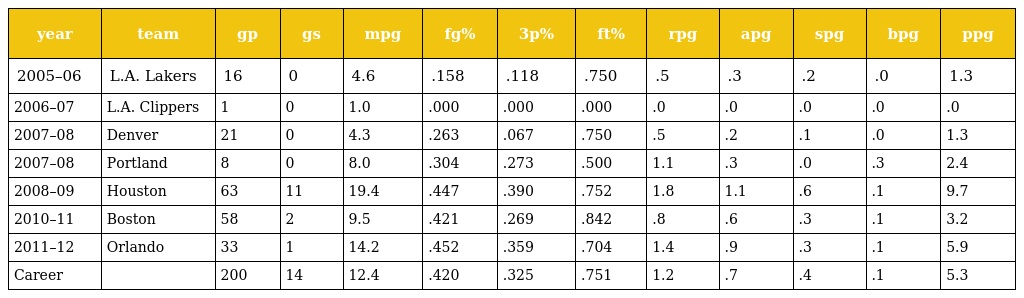
| year | team | gp | gs | mpg | fg% | 3p% | ft% | rpg | apg | spg | bpg | ppg |
 | --- | --- | --- | --- | --- | --- | --- | --- | --- | --- | --- | --- | --- |
 | 2005–06 | L.A. Lakers | 16 | 0 | 4.6 | .158 | .118 | .750 | .5 | .3 | .2 | .0 | 1.3 |
 | 2006–07 | L.A. Clippers | 1 | 0 | 1.0 | .000 | .000 | .000 | .0 | .0 | .0 | .0 | .0 |
 | 2007–08 | Denver | 21 | 0 | 4.3 | .263 | .067 | .750 | .5 | .2 | .1 | .0 | 1.3 |
 | 2007–08 | Portland | 8 | 0 | 8.0 | .304 | .273 | .500 | 1.1 | .3 | .0 | .3 | 2.4 |
 | 2008–09 | Houston | 63 | 11 | 19.4 | .447 | .390 | .752 | 1.8 | 1.1 | .6 | .1 | 9.7 |
 | 2010–11 | Boston | 58 | 2 | 9.5 | .421 | .269 | .842 | .8 | .6 | .3 | .1 | 3.2 |
 | 2011–12 | Orlando | 33 | 1 | 14.2 | .452 | .359 | .704 | 1.4 | .9 | .3 | .1 | 5.9 |
 | Career |  | 200 | 14 | 12.4 | .420 | .325 | .751 | 1.2 | .7 | .4 | .1 | 5.3 |